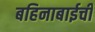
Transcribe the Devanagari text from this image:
बहिनाबाईची